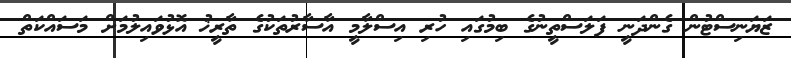
ޒަޔަނިސްޓުން ގެންދަނީ ފަލަސްތީނުގެ ބިމުގައި ހުރި އިސްލާމީ އާސާރުތަކުގެ ތާރީޚު އޮޅުވައިލުމަށް މަސައްކަތް